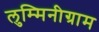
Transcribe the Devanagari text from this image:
लुम्मिनीग्राम